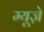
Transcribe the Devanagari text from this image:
म्यूज़े